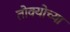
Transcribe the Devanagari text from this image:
तोक्योच्या